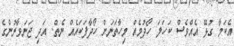
އެކަމާ ގުޅޭ އެއްވެސް ކަހަލަ ހޯދުމެއް މިހާތަނަށް ހޯދާފަކައެއް ނެތް. އަދި ޖަނަވާރުންގެ